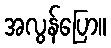
အလွန်ပြော။